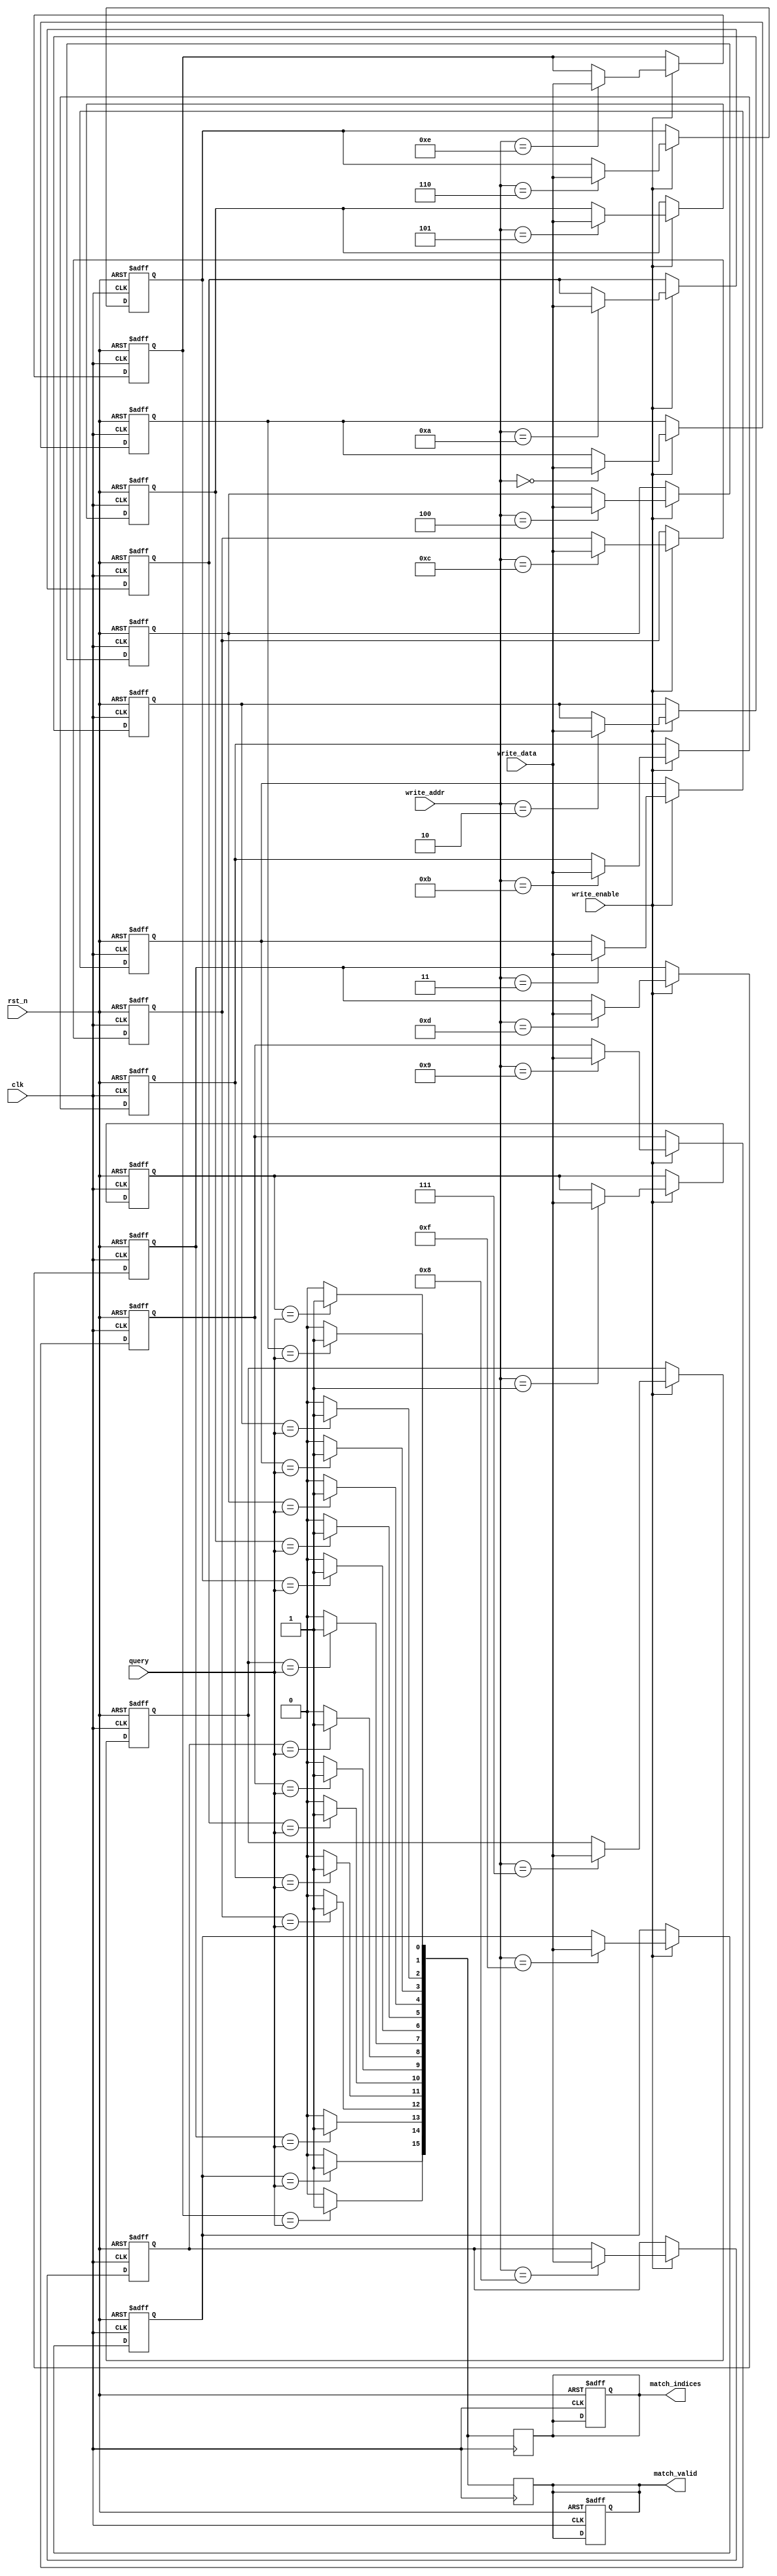
module MultimatchCAM #(
    parameter N = 16,   // Number of entries
    parameter M = 8     // Size of each entry (in bits)
) (
    input wire clk,             // Clock signal
    input wire rst_n,           // Active low reset
    input wire [M-1:0] query,   // Input query data
    input wire write_enable,     // Control signal for writing
    input wire [M-1:0] write_data, // Data to write into CAM
    input wire [3:0] write_addr, // Address to write data (4 bits for N<=16)
    output reg [N-1:0] match_indices, // Output matching indices
    output reg [N-1:0] match_valid // Output match valid signal
);

// Memory array to store entries
reg [M-1:0] cam_memory [0:N-1];

// Internal signals
integer i;

// Write Logic
always @(posedge clk or negedge rst_n) begin
    if (!rst_n) begin
        // Reset CAM memory
        for (i = 0; i < N; i = i + 1) begin
            cam_memory[i] <= {M{1'b0}};
        end
        match_indices <= {N{1'b0}};
        match_valid <= {N{1'b0}};
    end else if (write_enable) begin
        // Write new entry
        cam_memory[write_addr] <= write_data;
    end
end

// Match Logic
always @(posedge clk) begin
    match_indices <= {N{1'b0}}; // Clear match indices
    match_valid <= {N{1'b0}}; // Clear match valid signals

    // Compare input query against each entry in CAM
    for (i = 0; i < N; i = i + 1) begin
        if (cam_memory[i] == query) begin
            match_indices[i] <= 1'b1; // Mark matching index
            match_valid[i] <= 1'b1;   // Indicate valid match
        end
    end
end

endmodule